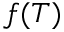
f ( T )